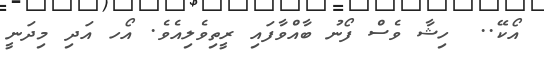
އޯކޭ..  ހިޝާ ވެސް ފޯނު ބާއްވާފައި ރީތިވެލިއެވެ. އޯހ އަދި މިދަނީ